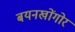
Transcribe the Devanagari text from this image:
बयनखोंगोर